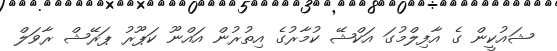
ޝައުކީން ގެ އާފިލްމުގަ އަކްޝޭ ކުމާރުގެ އިތުރުން އައްނޫ ކަޕޫރު ޕަރޭޝް ރާވަލް